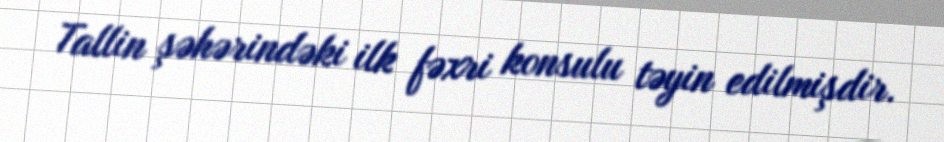
Tallin şəhərindəki ilk fəxri konsulu təyin edilmişdir.